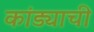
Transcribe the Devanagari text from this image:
कांड्याची